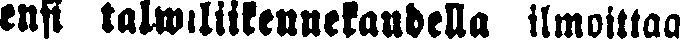
ensi talwiliilennekaudella ilmoittaa